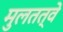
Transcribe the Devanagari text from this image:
मुलतत्वे